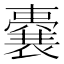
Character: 嚢